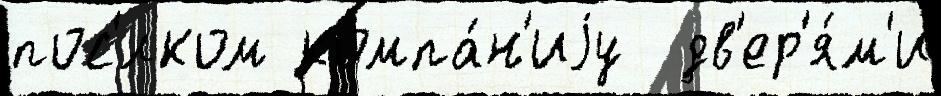
пос'́лком компа́н'иjу  дв'ер'я́м'и